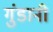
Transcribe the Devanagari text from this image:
गुंडानी